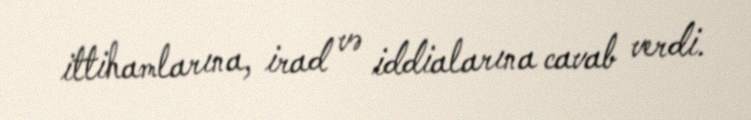
ittihamlarına, irad və iddialarına cavab verdi.